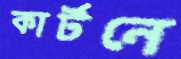
কার্টনে